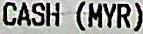
CASH (MYR)